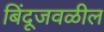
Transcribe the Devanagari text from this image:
बिंदूजवळील